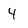
Character: 4